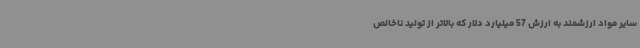
سایر مواد ارزشمند به ارزش 57 میلیارد دلار که بالاتر از تولید ناخالص